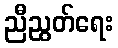
ညီညွတ်ရေး